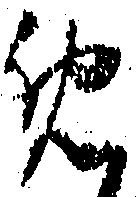
め